Burma Government Medical School reports 1923-41
Year: 1923
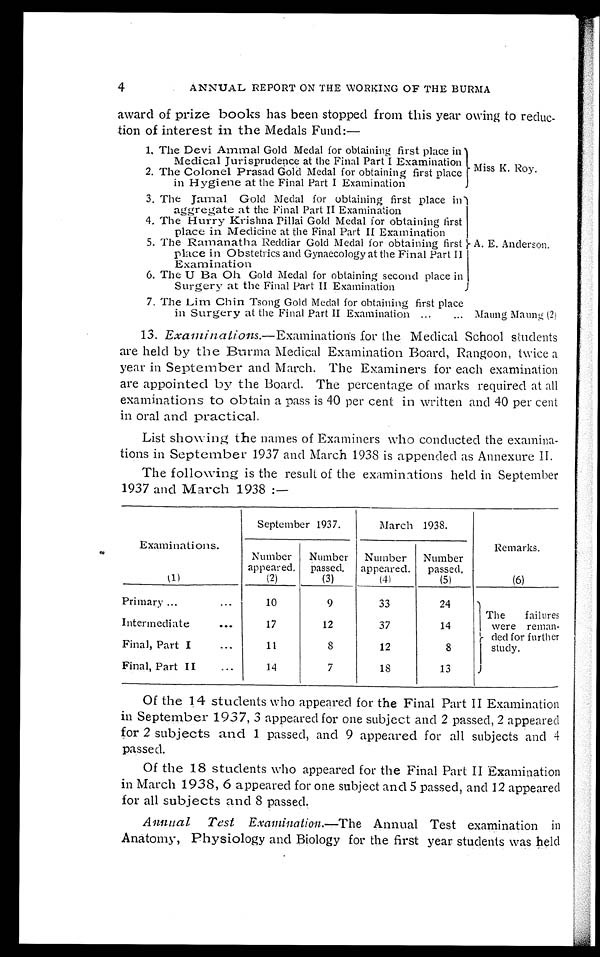
4
ANNUAL REPORT ON THE WORKING OF THE BURMA
award of prize books has been stopped from this year owing to reduc
-tion of interest in the Medals Fund:—
1. The Devi Ammal Gold Medal for obtaining first place in
Medical Jurisprudence at the Final Part I Examination Miss K. Roy.
2. The Colonel Prasad Gold Medal for obtaining first place
in Hygiene at the Final Part I Examination
3. The Jamal Gold Medal for obtaining first place in
aggregate at the Final Part II Examination
A. E. Anderson.
4. The Hurry Krishna Pillai Gold Medal for obtaining first
place in Medicine at the Final Part II Examination
5. The Ramanatha Reddiar Gold Medal for obtaining first
place in Obstetrics and Gynaecology at the Final Part II
Examination
6. The U Ba Oh Gold Medal for obtaining second place in
Surgery at the Final Part II Examination
7. The Lim Chin Tsong Gold Medal for obtaining first place
in Surgery at the Final Part II Examination . . . Maung Maung (2)
13. Examinations.— Examinations for the Medical School students
are held by the Burma Medical Examination Board, Rangoon, twice a
year in September and March. The Examiners for each examination
are appointed by the Board. The percentage of marks required at all
examinations to obtain a pass is 40 per cent in written and 40 per cent
in oral and practical.
List showing the names of Examiners who conducted the examina
-tions in September 1937 and March 1938 is appended as Annexure II.
The following is the result of the examinations held in September
1937 and March 1938 :—
Examinations.
September 1937.
March 1938.
Remarks.
Number
appeared.
Number
passed
Number
appeared.
Number
passed.
( 1 )
(2)
(3)
( 4 )
(5)
(6)
Primary . . .
10
9
33
24
The failures
were reman
-ded for
f u r t h e r s t u d y
.
Intermediate . . .
17
12
37
14
Final, Part I . . .
11
8
12
8
Final, Part II . . .
14
7
18
13
Of the 14 students who appeared for the Final Part II Examination
in September 1937, 3 appeared for one subject and 2 passed, 2 appeared
for 2 subjects and 1 passed, and 9 appeared for all subjects and 4
passed.
Of the 18 students who appeared for the Final Part II Examination
in March 1938, 6 appeared for one subject and 5 passed, and 12 appeared
for all subjects and 8 passed.
Annual Test Examination.—The Annual Test examination in
Anatomy, Physiology and Biology for the first year students was held